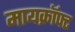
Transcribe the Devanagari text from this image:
मायक्राॅफ्ट